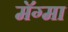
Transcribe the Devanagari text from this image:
मॅग्मा